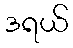
ဒရယ်